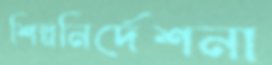
শিল্পনির্দেশনা